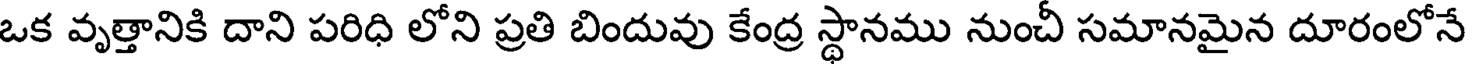
ఒక వృత్తానికి దాని పరిధి లోని ప్రతి బిందువు కేంద్ర స్థానము నుంచీ సమానమైన దూరంలోనే